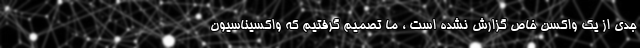
جدی از یک واکسن خاص گزارش نشده است ، ما تصمیم گرفتیم که واکسیناسیون